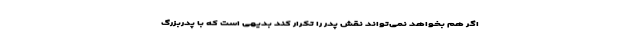
اگر هم بخواهد نمی‌تواند نقش پدر را تکرار کند بدیهی است که با پدربزرگ